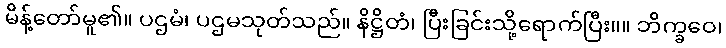
မိန့်တော်မူ၏။ ပဌမံ၊ ပဌမသုတ်သည်။ နိဋ္ဌိတံ၊ ပြီးခြင်းသို့ရောက်ပြီး။။ ဘိက္ခဝေ၊